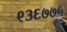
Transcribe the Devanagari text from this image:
९३६७७५